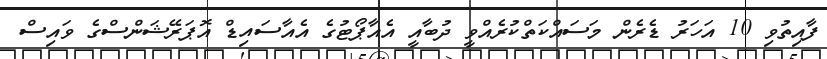
ފާއިތުވި 10 އަހަރު ޑެރެން މަސައްކަތްކުރެއްވީ ދުބާއީ އެއާޕޯޓުގެ އެއާސައިޑް އޮޕަރޭޝަންސްގެ ވައިސް